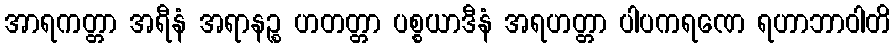
အာရကတ္တာ အရီနံ အရာနဉ္စ ဟတတ္တာ ပစ္စယာဒီနံ အရဟတ္တာ ပါပကရဏေ ရဟာဘာဝါတိ